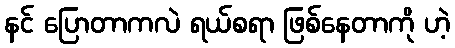
နင် ပြောတာကလဲ ရယ်စရာ ဖြစ်နေတာကို ဟဲ့